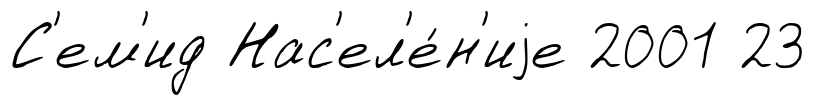
С'ем'ид Нас'ел'е́н'иjе 2001 23